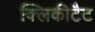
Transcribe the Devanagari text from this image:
क्लिकीटैट